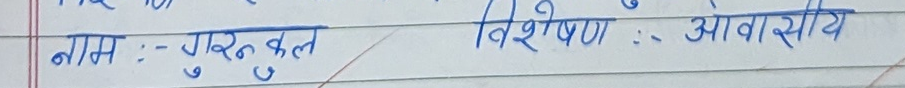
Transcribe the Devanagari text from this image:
नाम :- गुरुकुल   विशेषण :- आवासीय